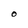
Character: O